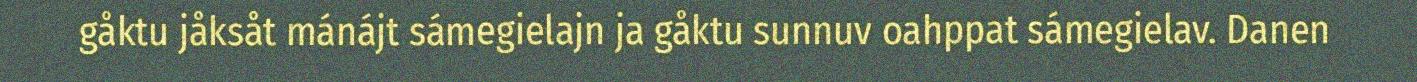
gåktu jåksåt mánájt sámegielajn ja gåktu sunnuv oahppat sámegielav. Danen